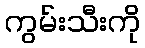
ကွမ်းသီးကို